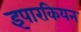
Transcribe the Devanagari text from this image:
इपारकियन